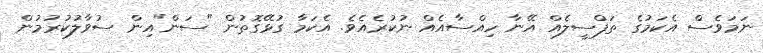
ނަމަވެސް އެކަމުގެ ތަފްސީލެއް އޭނާ ހިއްސާއެއް ނުކުރެއެވެ. އެކަމާ ގުޅޭގޮތުން "ސަން"އިން ސުވާލުކުރުމުން